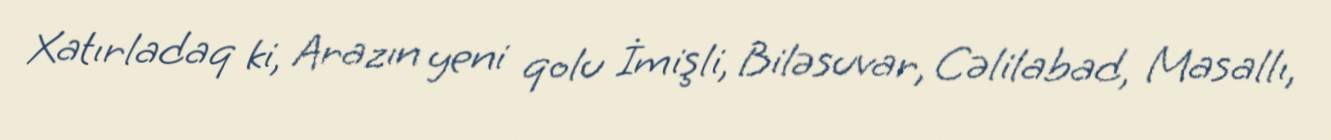
Xatırladaq ki, Arazın yeni qolu İmişli, Biləsuvar, Cəlilabad, Masallı,